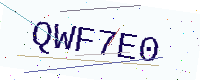
Text: QWF7E0